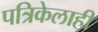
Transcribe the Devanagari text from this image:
पत्रिकेलाही